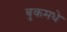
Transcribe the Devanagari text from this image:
बुकमधे